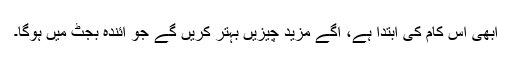
ابھی اس کام کی ابتدا ہے، آگے مزید چیزیں بہتر کریں گے جو آئندہ بجٹ میں ہوگا۔